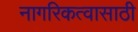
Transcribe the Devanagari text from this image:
नागरिकत्वासाठी